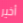
أخير